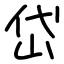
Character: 岱